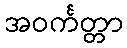
အဝင်္ကတ္တာ